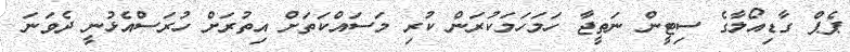
ޕެޕް ގާޑިއޯލާގެ ސިޓީން ނަތީޖާ ހަމަހަމަކުރަން ކުރި މަސައްކަތަށް އިތުރަށް ހުރަސްއެޅުނީ ދެވަނަ